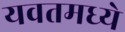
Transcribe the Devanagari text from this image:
यवतमध्ये